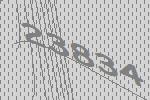
23834